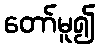
တော်မူ၍